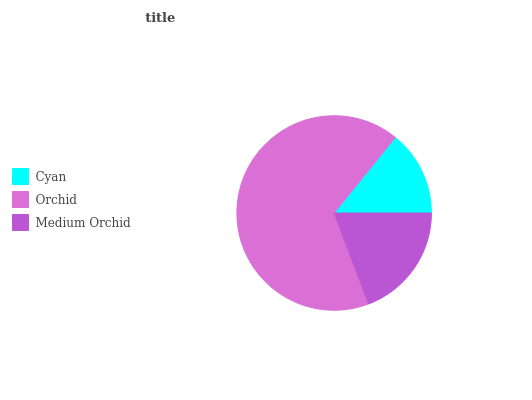
| Cyan | Orchid | Medium Orchid |
 | --- | --- | --- |
 | 14.2% | 66.6% | 19.3% |